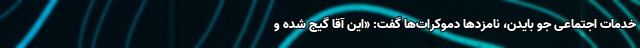
خدمات اجتماعی جو بایدن، نامزدها دموکرات‌ها گفت: «این آقا گیج شده و